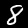
Label: 8